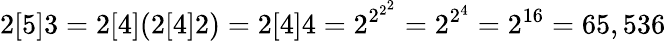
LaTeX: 2[5]3=2[4](2[4]2)=2[4]4=2^{2^{2^{2}}}=2^{2^{4}}=2^{16}=65,536